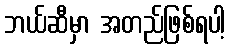
ဘယ်ဆီမှာ အတည်ဖြစ်ရပါ့